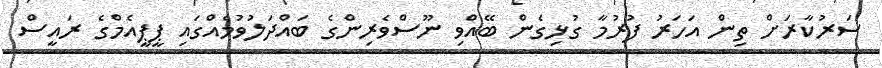
ސަރުކާރަށް ތިން އަހަރު ފުރުމާ ގުޅިގެން ބޭއްވި ނޫސްވެރިންގެ ބައްދަލުވުމެއްގައި ޕީޕީއެމްގެ ރައީސް